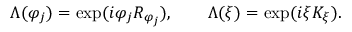
\Lambda ( \varphi _ { j } ) = \exp ( i \varphi _ { j } R _ { \varphi _ { j } } ) , \qquad \Lambda ( \xi ) = \exp ( i \xi K _ { \xi } ) .